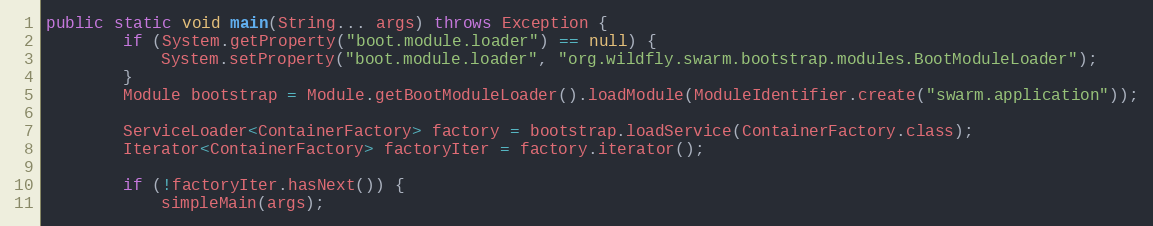
Language: Java
public static void main(String... args) throws Exception {
        if (System.getProperty("boot.module.loader") == null) {
            System.setProperty("boot.module.loader", "org.wildfly.swarm.bootstrap.modules.BootModuleLoader");
        }
        Module bootstrap = Module.getBootModuleLoader().loadModule(ModuleIdentifier.create("swarm.application"));

        ServiceLoader<ContainerFactory> factory = bootstrap.loadService(ContainerFactory.class);
        Iterator<ContainerFactory> factoryIter = factory.iterator();

        if (!factoryIter.hasNext()) {
            simpleMain(args);